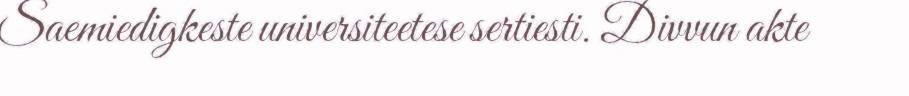
Saemiedigkeste universiteetese sertiesti. Divvun akte